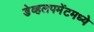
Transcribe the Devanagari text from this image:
डेव्हलपमेंटमध्ये